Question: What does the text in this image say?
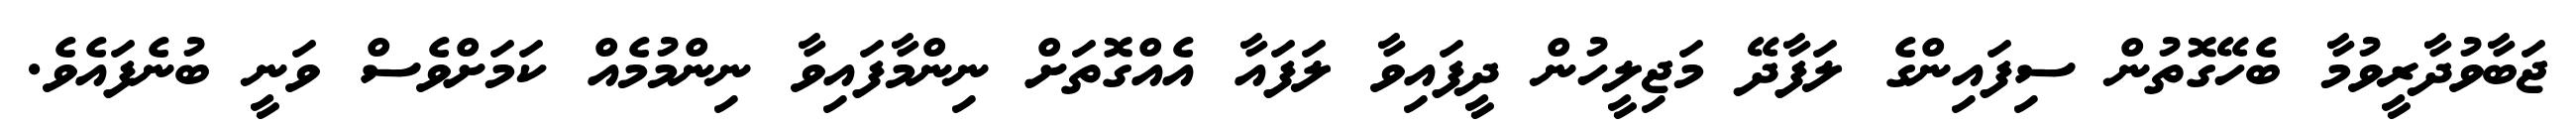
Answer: ޖަބާވުދާރީވުމާ ބެހޭގޮތުން ސިފައިންގެ ލަފާދޭ މަޖިލީހުން ދީފައިވާ ލަފައާ އެއްގޮތަށް ނިންމާފައިވާ ނިންމުމެއް ކަމަށްވެސް ވަނީ ބުނެފައެވެ.